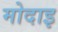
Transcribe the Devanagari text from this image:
मोदाइ